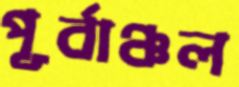
পূর্বাঞ্চল